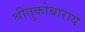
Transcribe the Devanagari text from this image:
श्रीतुकोबाराय